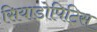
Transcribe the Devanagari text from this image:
सियाडोपिटिस